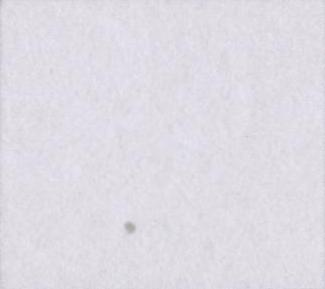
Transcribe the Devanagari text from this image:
ई